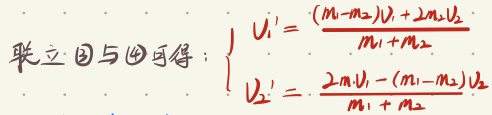
联立\textcircled{2}与\textcircled{4}可得：
\[\begin{cases}
v_{1}'=\dfrac{(m_{1}-m_{2})v_{1}+2m_{2}v_{2}}{m_{1}+m_{2}}\\
v_{2}'=\dfrac{2m_{1}v_{1}-(m_{1}-m_{2})v_{2}}{m_{1}+m_{2}}
\end{cases}\]